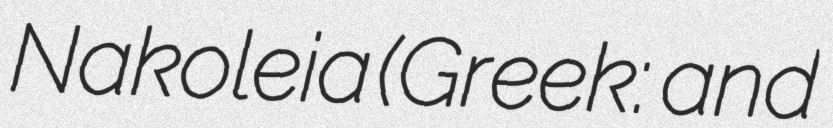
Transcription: Nakoleia (Greek: Νακώλεια and